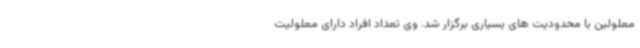
معلولین با محدودیت های بسیاری برگزار شد. وی تعداد افراد دارای معلولیت